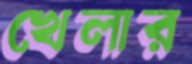
খেলার